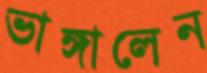
ভাঙ্গালেন